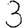
Digit: 3